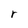
Character: r